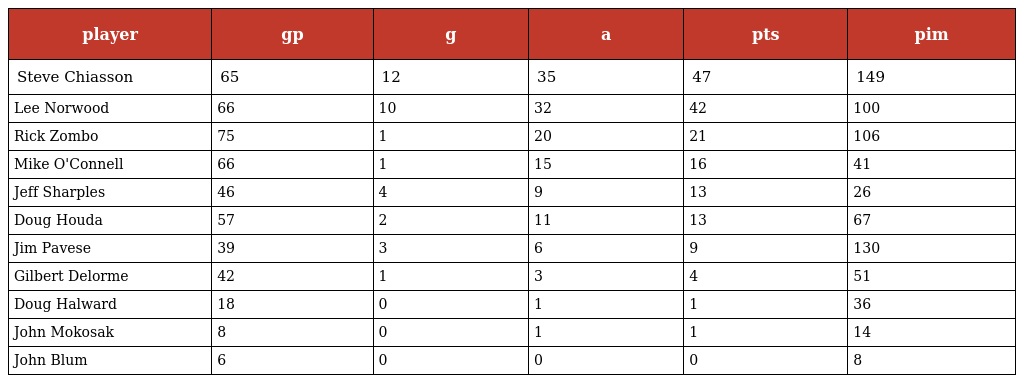
| player | gp | g | a | pts | pim |
 | --- | --- | --- | --- | --- | --- |
 | Steve Chiasson | 65 | 12 | 35 | 47 | 149 |
 | Lee Norwood | 66 | 10 | 32 | 42 | 100 |
 | Rick Zombo | 75 | 1 | 20 | 21 | 106 |
 | Mike O'Connell | 66 | 1 | 15 | 16 | 41 |
 | Jeff Sharples | 46 | 4 | 9 | 13 | 26 |
 | Doug Houda | 57 | 2 | 11 | 13 | 67 |
 | Jim Pavese | 39 | 3 | 6 | 9 | 130 |
 | Gilbert Delorme | 42 | 1 | 3 | 4 | 51 |
 | Doug Halward | 18 | 0 | 1 | 1 | 36 |
 | John Mokosak | 8 | 0 | 1 | 1 | 14 |
 | John Blum | 6 | 0 | 0 | 0 | 8 |